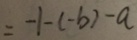
= - 1 - ( - b ) - a